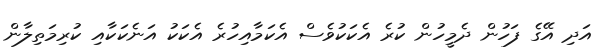
އަދި އޭގެ ފަހުން ދެމީހުން ކުރެ އެކަކުވެސް އެކަމާއިހުރެ އެކަކު އަނެކަކާއި ކުރިމަތިލާން